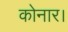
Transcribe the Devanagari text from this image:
कोनार।